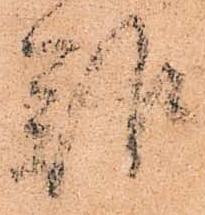
難